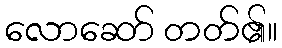
လောဆော် တတ်၏။